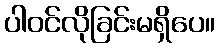
ပါဝင်လိုခြင်းမရှိပေ။